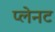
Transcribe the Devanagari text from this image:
प्लेनट